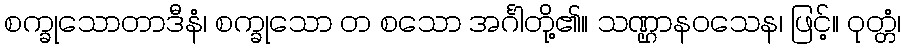
စက္ခုသောတာဒီနံ၊ စက္ခုသော တ စသော အင်္ဂါတို့၏။ သဏ္ဌာနဝသေန၊ ဖြင့်။ ဝုတ္တံ၊